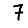
Digit: 7